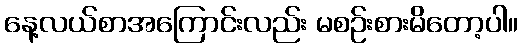
နေ့လယ်စာအကြောင်းလည်း မစဉ်းစားမိတော့ပါ။